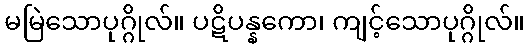
မမြဲသောပုဂ္ဂိုလ်။ ပဋိပန္နကော၊ ကျင့်သောပုဂ္ဂိုလ်။